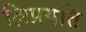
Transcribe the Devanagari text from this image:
क्षिप्रगति